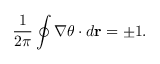
\frac { 1 } { 2 \pi } \oint { \nabla \theta \cdot d \mathbf { r } } = \pm 1 .